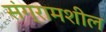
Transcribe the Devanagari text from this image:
संग्रामशील